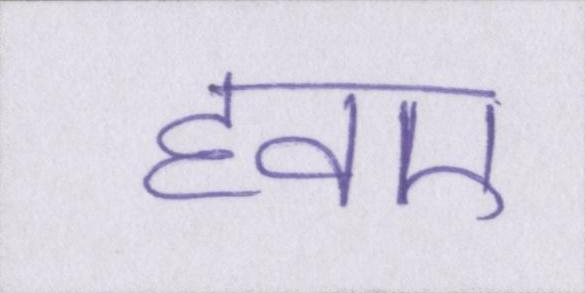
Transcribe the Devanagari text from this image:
हवए